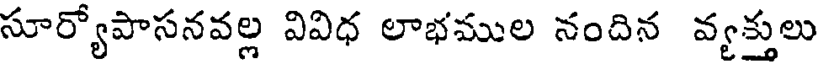
సూర్యోపాసనవల్ల వివిధ లాభముల నందిన వ్యక్తులు